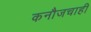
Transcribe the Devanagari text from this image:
कनौजचाही